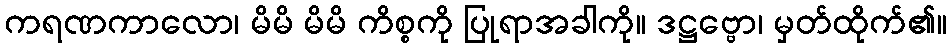
ကရဏကာလော၊ မိမိ မိမိ ကိစ္စကို ပြုရာအခါကို။ ဒဋ္ဌဗ္ဗော၊ မှတ်ထိုက်၏။